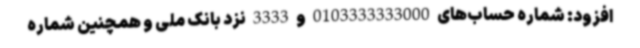
افزود: شماره حساب‌های 0103333333000 و 3333 نزد بانک ملی و همچنین شماره